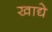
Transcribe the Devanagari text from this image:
खाद्ये